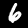
Digit: 6